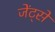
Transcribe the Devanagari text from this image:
जेंट्से